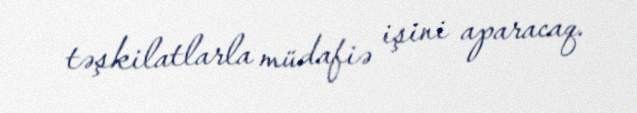
təşkilatlarla müdafiə işini aparacaq.